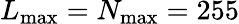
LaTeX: L_{\mathrm{max}}=N_{\mathrm{max}}=255